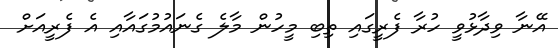
އޭނާ ވިދާޅުވީ ހުރާ ފެރީގައި ތިބި މީހުން މާލެ ގެނައުމުގައާއި އެ ފެރީއަށް